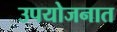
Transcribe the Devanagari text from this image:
उपयोजनात